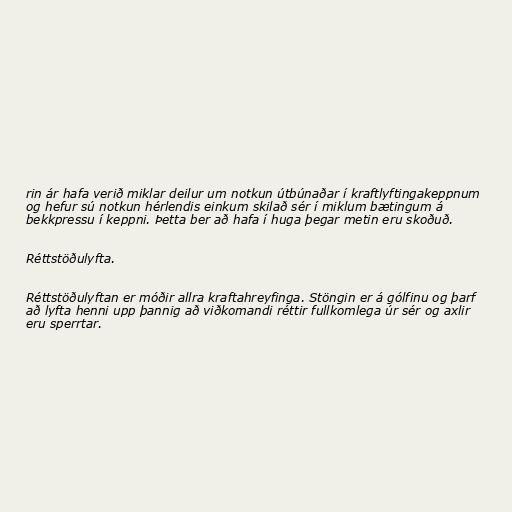
rin ár hafa verið miklar deilur um notkun útbúnaðar í kraftlyftingakeppnum
og hefur sú notkun hérlendis einkum skilað sér í miklum bætingum á
bekkpressu í keppni. Þetta ber að hafa í huga þegar metin eru skoðuð.

Réttstöðulyfta.

Réttstöðulyftan er móðir allra kraftahreyfinga. Stöngin er á gólfinu og þarf
að lyfta henni upp þannig að viðkomandi réttir fullkomlega úr sér og axlir
eru sperrtar.